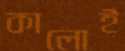
কালোই